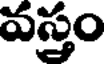
వస్త్రం